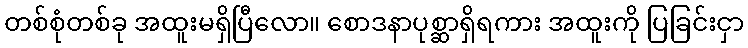
တစ်စုံတစ်ခု အထူးမရှိပြီလော။ စောဒနာပုစ္ဆာရှိရကား အထူးကို ပြခြင်းငှာ